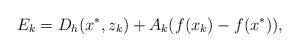
LaTeX: \begin{align*}E_{k} = D_h(x^\ast, z_k) + A_k(f(x_k) - f(x^\ast)),\end{align*}